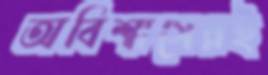
অবিশ্বাসেরই